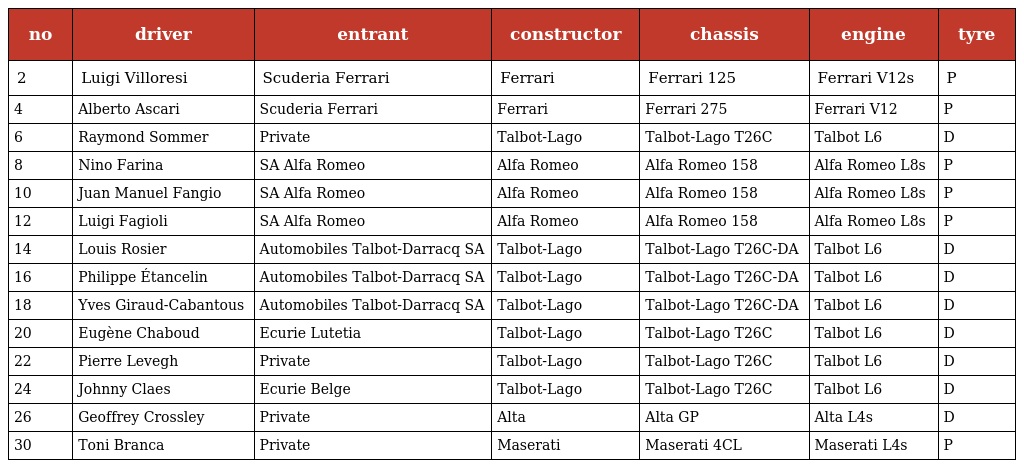
| no | driver | entrant | constructor | chassis | engine | tyre |
 | --- | --- | --- | --- | --- | --- | --- |
 | 2 | Luigi Villoresi | Scuderia Ferrari | Ferrari | Ferrari 125 | Ferrari V12s | P |
 | 4 | Alberto Ascari | Scuderia Ferrari | Ferrari | Ferrari 275 | Ferrari V12 | P |
 | 6 | Raymond Sommer | Private | Talbot-Lago | Talbot-Lago T26C | Talbot L6 | D |
 | 8 | Nino Farina | SA Alfa Romeo | Alfa Romeo | Alfa Romeo 158 | Alfa Romeo L8s | P |
 | 10 | Juan Manuel Fangio | SA Alfa Romeo | Alfa Romeo | Alfa Romeo 158 | Alfa Romeo L8s | P |
 | 12 | Luigi Fagioli | SA Alfa Romeo | Alfa Romeo | Alfa Romeo 158 | Alfa Romeo L8s | P |
 | 14 | Louis Rosier | Automobiles Talbot-Darracq SA | Talbot-Lago | Talbot-Lago T26C-DA | Talbot L6 | D |
 | 16 | Philippe Étancelin | Automobiles Talbot-Darracq SA | Talbot-Lago | Talbot-Lago T26C-DA | Talbot L6 | D |
 | 18 | Yves Giraud-Cabantous | Automobiles Talbot-Darracq SA | Talbot-Lago | Talbot-Lago T26C-DA | Talbot L6 | D |
 | 20 | Eugène Chaboud | Ecurie Lutetia | Talbot-Lago | Talbot-Lago T26C | Talbot L6 | D |
 | 22 | Pierre Levegh | Private | Talbot-Lago | Talbot-Lago T26C | Talbot L6 | D |
 | 24 | Johnny Claes | Ecurie Belge | Talbot-Lago | Talbot-Lago T26C | Talbot L6 | D |
 | 26 | Geoffrey Crossley | Private | Alta | Alta GP | Alta L4s | D |
 | 30 | Toni Branca | Private | Maserati | Maserati 4CL | Maserati L4s | P |